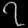
Digit: ၇